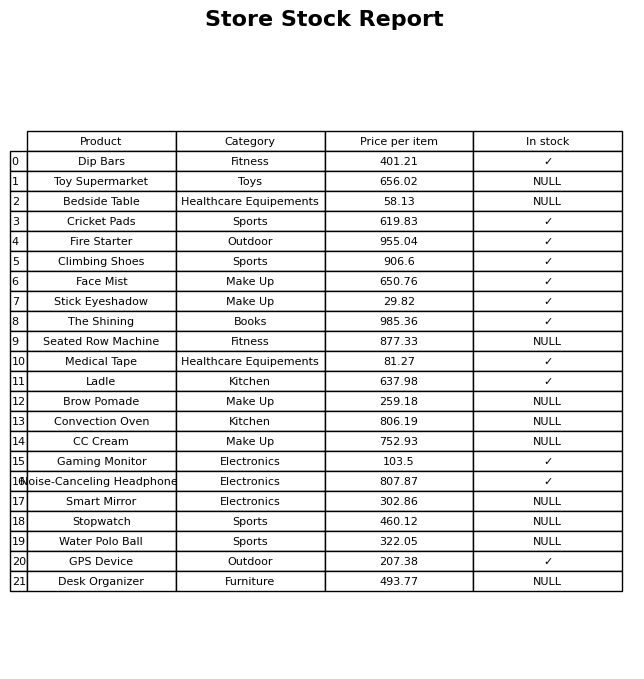
question: What is the price for Brow Pomade?
answer: The price of Brow Pomade is 259.18.